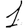
Digit: 1